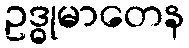
ဥဒ္ဓုမာတေန